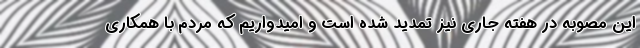
این مصوبه در هفته جاری نیز تمدید شده است و امیدواریم که مردم با همکاری